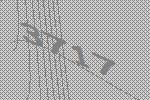
3717